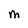
Character: M